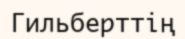
Гильберттің